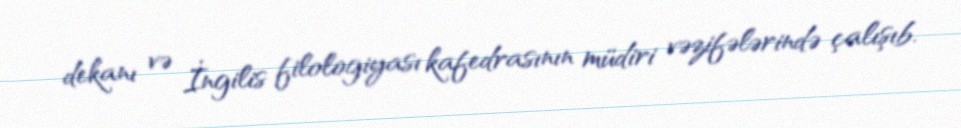
dekanı və İngilis filologiyası kafedrasının müdiri vəzifələrində çalışıb.